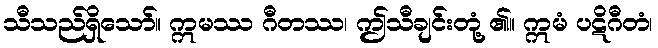
သီသည်ရှိသော်။ ဣမဿ ဂီတဿ၊ ဤသီချင်းတုံ့ ၏။ ဣမံ ပဋိဂီတံ၊